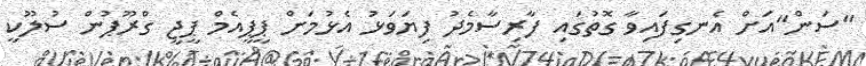
"ސަން"އަށް އެނގިފައިވާ ގޮތުގައި ފާރިސާމެދު ފިޔަވަޅު އެޅުމަށް ޕީޕީއެމް ޕީޖީ ގްރޫޕުން ސުލޫކީ